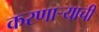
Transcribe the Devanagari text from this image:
करणाऱ्याची